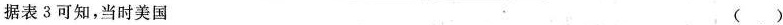
据表3可知，当时美国（）